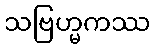
သဗြဟ္မကဿ